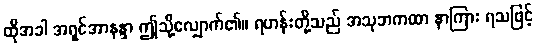
ထိုအခါ အရှင်အာနန္ဒာ ဤသို့လျှောက်၏။ ရဟန်းတို့သည် အသုဘကထာ နာကြား ရသဖြင့်